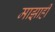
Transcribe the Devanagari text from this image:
माझाही